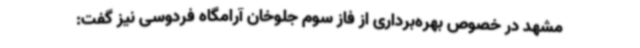
مشهد در خصوص بهره‌برداری از فاز سوم جلوخان آرامگاه فردوسی نیز گفت: